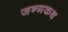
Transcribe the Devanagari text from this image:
जन्मकथ